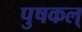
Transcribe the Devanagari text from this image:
पुषकल्